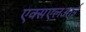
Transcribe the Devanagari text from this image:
एक्सएलआई